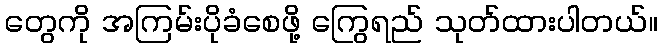
တွေကို အကြမ်းပိုခံစေဖို့ ကြွေရည် သုတ်ထားပါတယ်။